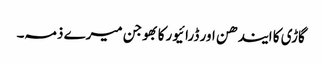
گاڑی کا ایندھن اور ڈرائیورکا بھوجن میرے ذمہ۔